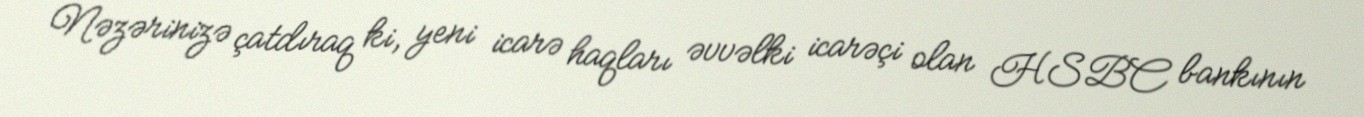
Nəzərinizə çatdıraq ki, yeni icarə haqları əvvəlki icarəçi olan HSBC bankının